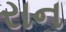
રાન